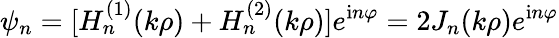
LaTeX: \psi_{n}=[H_{n}^{(1)}(k\rho)+H_{n}^{(2)}(k\rho)]e^{\mathrm{i}n\varphi}=2J_{n}(k\rho)e^{\mathrm{i}n\varphi}